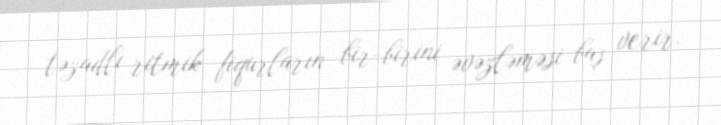
təzadlı ritmik fiqurların bir-birini əvəzləməsi baş verir.